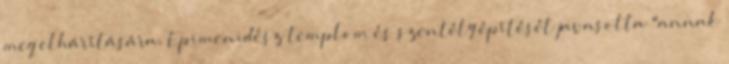
meg elhárítására, Epimenidész templom és szentély építését javasolta "annak